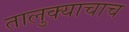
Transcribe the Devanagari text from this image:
तालुक्याचाच